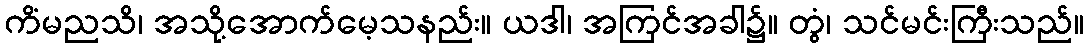
ကိံမညသိ၊ အသို့အောက်မေ့သနည်း။ ယဒါ၊ အကြင်အခါ၌။ တွံ၊ သင်မင်းကြီးသည်။